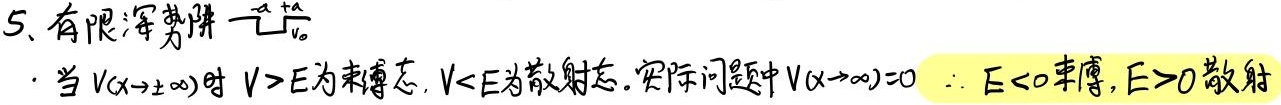
有限深势阱：
\[
V(x)=\begin{cases}
 -V_0, & -a < x < a \\
 0, & |x| \geq a
\end{cases}
\]
当 \(V(x\rightarrow\pm\infty)\) 时，\(V > E\) 为束缚态，\(V < E\) 为散射态。实际问题中 \(V(x\rightarrow\infty)=0\)，\(\therefore E < 0\) 束缚，\(E > 0\) 散射